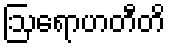
ဩရောဟတီတိ